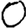
Digit: 0